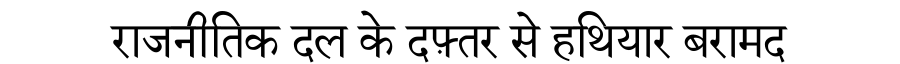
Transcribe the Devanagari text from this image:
राजनीतिक दल के दफ़्तर से हथियार बरामद